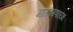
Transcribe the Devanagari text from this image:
मालवगणाध्यक्ष